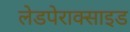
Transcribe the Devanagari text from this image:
लेडपेराक्साइड